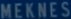
MEKNES